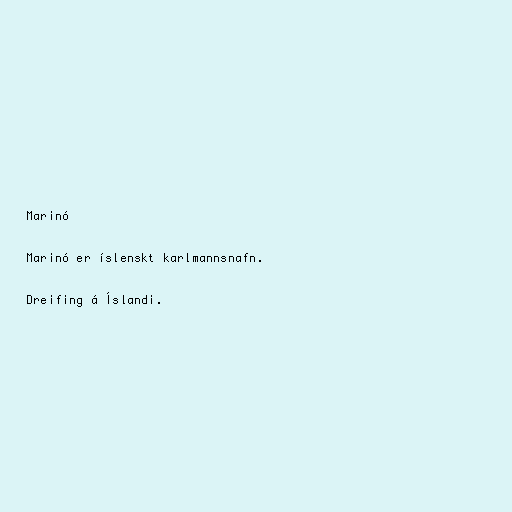
Marinó

Marinó er íslenskt karlmannsnafn.

Dreifing á Íslandi.